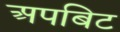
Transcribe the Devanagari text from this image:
अपबिट